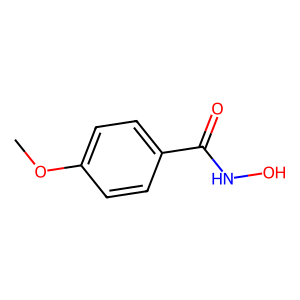
SMILES: COc1ccc(C(=O)NO)cc1
Inhibits HIV replication: No